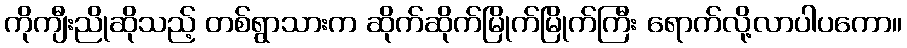
ကိုကျီးညိုဆိုသည့် တစ်ရွာသားက ဆိုက်ဆိုက်မြိုက်မြိုက်ကြီး ရောက်လို့လာပါပကော။